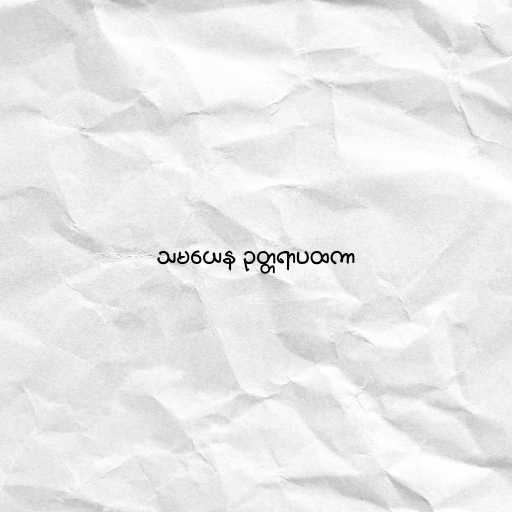
သမယေန ဥတ္တရာပထကာ